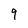
Character: 9